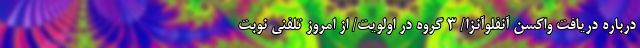
درباره دریافت واکسن آنفلوآنزا/ 3 گروه در اولویت/ از امروز تلفنی نوبت